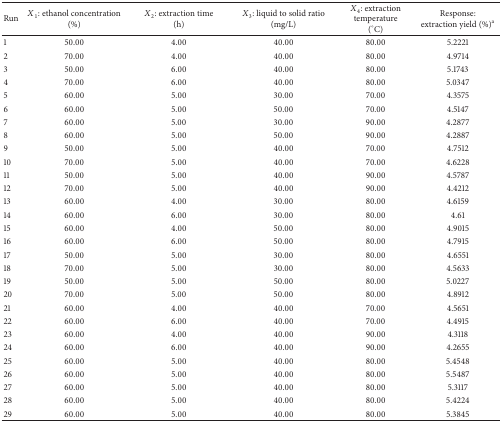
<table><thead><tr><td><b>Run</b></td><td><b><i>X</i><sub>1</sub>: ethanol concentration(%)</b></td><td><b><i>X</i><sub>2</sub>: extraction time(h)</b></td><td><b><i>X</i><sub>3</sub>: liquid to solid ratio(mg/L)</b></td><td><b><i>X</i><sub>4</sub>: extraction temperature(°C)</b></td><td><b>Response:extraction yield (%)<sup>a</sup></b></td></tr></thead><tbody><tr><td>1</td><td>50.00</td><td>4.00</td><td>40.00</td><td>80.00</td><td>5.2221</td></tr><tr><td>2</td><td>70.00</td><td>4.00</td><td>40.00</td><td>80.00</td><td>4.9714</td></tr><tr><td>3</td><td>50.00</td><td>6.00</td><td>40.00</td><td>80.00</td><td>5.1743</td></tr><tr><td>4</td><td>70.00</td><td>6.00</td><td>40.00</td><td>80.00</td><td>5.0347</td></tr><tr><td>5</td><td>60.00</td><td>5.00</td><td>30.00</td><td>70.00</td><td>4.3575</td></tr><tr><td>6</td><td>60.00</td><td>5.00</td><td>50.00</td><td>70.00</td><td>4.5147</td></tr><tr><td>7</td><td>60.00</td><td>5.00</td><td>30.00</td><td>90.00</td><td>4.2877</td></tr><tr><td>8</td><td>60.00</td><td>5.00</td><td>50.00</td><td>90.00</td><td>4.2887</td></tr><tr><td>9</td><td>50.00</td><td>5.00</td><td>40.00</td><td>70.00</td><td>4.7512</td></tr><tr><td>10</td><td>70.00</td><td>5.00</td><td>40.00</td><td>70.00</td><td>4.6228</td></tr><tr><td>11</td><td>50.00</td><td>5.00</td><td>40.00</td><td>90.00</td><td>4.5787</td></tr><tr><td>12</td><td>70.00</td><td>5.00</td><td>40.00</td><td>90.00</td><td>4.4212</td></tr><tr><td>13</td><td>60.00</td><td>4.00</td><td>30.00</td><td>80.00</td><td>4.6159</td></tr><tr><td>14</td><td>60.00</td><td>6.00</td><td>30.00</td><td>80.00</td><td>4.61</td></tr><tr><td>15</td><td>60.00</td><td>4.00</td><td>50.00</td><td>80.00</td><td>4.9015</td></tr><tr><td>16</td><td>60.00</td><td>6.00</td><td>50.00</td><td>80.00</td><td>4.7915</td></tr><tr><td>17</td><td>50.00</td><td>5.00</td><td>30.00</td><td>80.00</td><td>4.6551</td></tr><tr><td>18</td><td>70.00</td><td>5.00</td><td>30.00</td><td>80.00</td><td>4.5633</td></tr><tr><td>19</td><td>50.00</td><td>5.00</td><td>50.00</td><td>80.00</td><td>5.0227</td></tr><tr><td>20</td><td>70.00</td><td>5.00</td><td>50.00</td><td>80.00</td><td>4.8912</td></tr><tr><td>21</td><td>60.00</td><td>4.00</td><td>40.00</td><td>70.00</td><td>4.5651</td></tr><tr><td>22</td><td>60.00</td><td>6.00</td><td>40.00</td><td>70.00</td><td>4.4915</td></tr><tr><td>23</td><td>60.00</td><td>4.00</td><td>40.00</td><td>90.00</td><td>4.3118</td></tr><tr><td>24</td><td>60.00</td><td>6.00</td><td>40.00</td><td>90.00</td><td>4.2655</td></tr><tr><td>25</td><td>60.00</td><td>5.00</td><td>40.00</td><td>80.00</td><td>5.4548</td></tr><tr><td>26</td><td>60.00</td><td>5.00</td><td>40.00</td><td>80.00</td><td>5.5487</td></tr><tr><td>27</td><td>60.00</td><td>5.00</td><td>40.00</td><td>80.00</td><td>5.3117</td></tr><tr><td>28</td><td>60.00</td><td>5.00</td><td>40.00</td><td>80.00</td><td>5.4224</td></tr><tr><td>29</td><td>60.00</td><td>5.00</td><td>40.00</td><td>80.00</td><td>5.3845</td></tr></tbody></table>